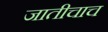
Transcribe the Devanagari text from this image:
जातीचाच